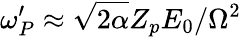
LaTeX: \omega_{P}^{\prime}\approx\sqrt{2\alpha}Z_{p}E_{0}/\Omega^{2}